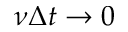
\nu \Delta t \rightarrow 0